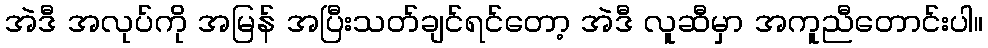
အဲဒီ အလုပ်ကို အမြန် အပြီးသတ်ချင်ရင်တော့ အဲဒီ လူဆီမှာ အကူညီတောင်းပါ။